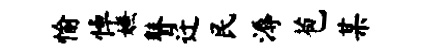
愉悼嫌瞽迁民溽苞某